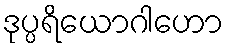
ဒုပ္ပရိယောဂါဟော